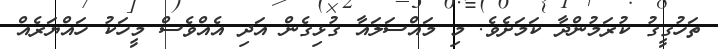
ތަހުގީގު ކުރަމުންދާ ކަމަށެވެ. މި މައްސަލައާ ގުޅިގެން އަދި އެއްވެސް މީހަކު ހައްޔަރެއް